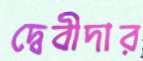
দ্বেবীদার